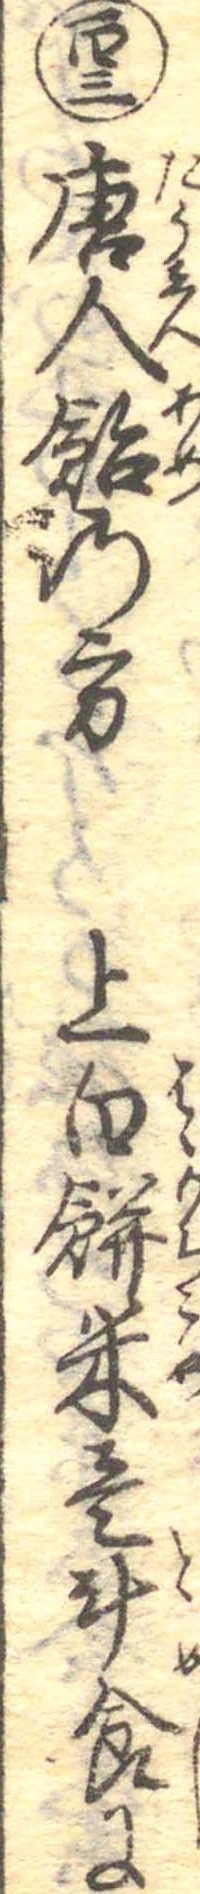
百三唐人飴の方上白餅米壱斗食に